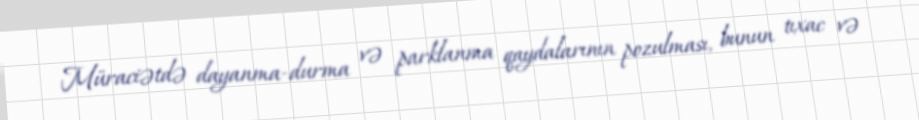
Müraciətdə dayanma-durma və parklanma qaydalarının pozulması, bunun tıxac və